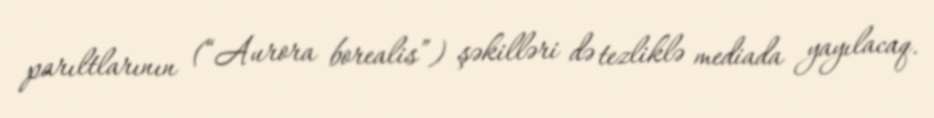
parıltlarının (“Aurora borealis”) şəkilləri də tezliklə mediada yayılacaq.